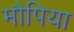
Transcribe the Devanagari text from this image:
मौपिया